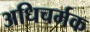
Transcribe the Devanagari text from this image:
अधिचर्मक